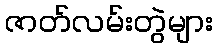
ဇာတ်လမ်းတွဲများ